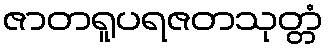
ဇာတရူပရဇတသုတ္တံ